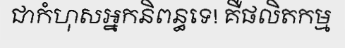
ជាកំហុសអ្នកនិពន្ធទេ! គឺផលិតកម្ម